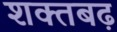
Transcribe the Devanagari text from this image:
शक्तबढ़